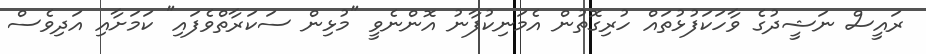
ރައީސް ނަޝީދުގެ ވާހަކަފުޅުތައް ހުރިގޮތުން އެމަނިކުފާނު އޮންނެވީ "މުޅިން ސަކަރާތްވެފައި" ކަމަށާއި އަދިވެސް